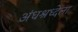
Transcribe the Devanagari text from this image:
अंधश्रध्देला